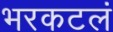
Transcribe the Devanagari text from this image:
भरकटलं